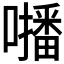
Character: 𡃓